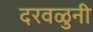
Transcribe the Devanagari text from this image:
दरवळुनी